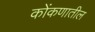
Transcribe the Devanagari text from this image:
कोंकणातील